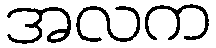
အလက